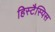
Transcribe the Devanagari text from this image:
हिस्टैस्पिस